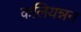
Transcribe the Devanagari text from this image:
कलियन्नन